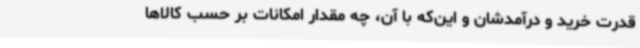
قدرت خرید و درآمدشان و این‌که با آن، چه مقدار امکانات بر حسب کالاها